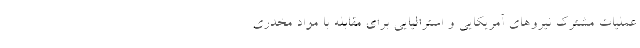
عملیات مشترک نیروهای آمریکایی و استرالیایی برای مقابله با مواد مخدری